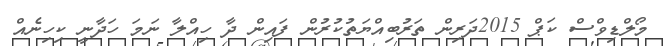
މޯލްޑިވްސް ކަޕް 2015ދަރިން ތަރުބިއްޔަތުކުރުން ފައިން ދާ ހިއްލާ ނަމަ ހަދާނީ ކިހިނެއް